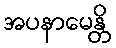
အပနာမေန္တိ